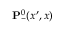
\ensuremath { \mathbf { P } } _ { - } ^ { 0 } ( x ^ { \prime } , x )